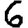
Digit: 6